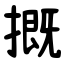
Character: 摡